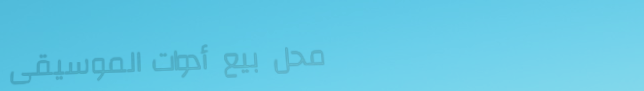
محل بيع أدوات الموسيقى